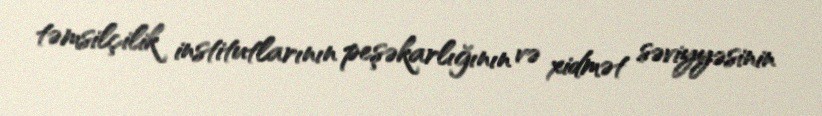
təmsilçilik institutlarının peşəkarlığının və xidmət səviyyəsinin